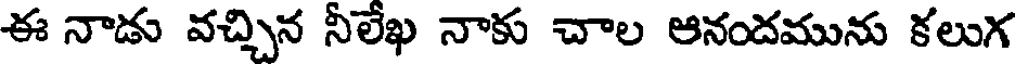
ఈ నాడు వచ్చిన నీలేఖ నాకు చాల ఆనందమును కలుగ